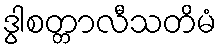
ဒွါစတ္တာလီသတိမံ